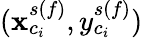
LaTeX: (\mathbf{x}_{c_{i}}^{s(f)},y_{c_{i}}^{s(f)})